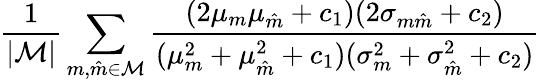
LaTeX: \frac{1}{\lvert\mathcal{M}\rvert}\sum_{m,\hat{m}\in\mathcal{M}}\frac{(2\mu_{m}\mu_{\hat{m}}+c_{1})(2\sigma_{m\hat{m}}+c_{2})}{(\mu_{m}^{2}+\mu_{\hat{m}}^{2}+c_{1})(\sigma_{m}^{2}+\sigma_{\hat{m}}^{2}+c_{2})}